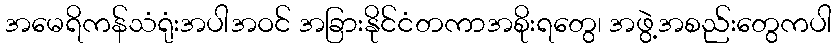
အမေရိကန်သံရုံးအပါအဝင် အခြားနိုင်ငံတကာအစိုးရတွေ၊ အဖွဲ့အစည်းတွေကပါ